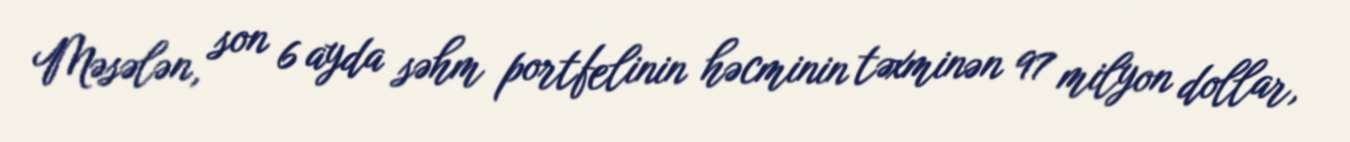
Məsələn, son 6 ayda səhm portfelinin həcminin təxminən 97 milyon dollar,